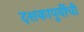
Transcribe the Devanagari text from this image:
दशकापुर्वीची